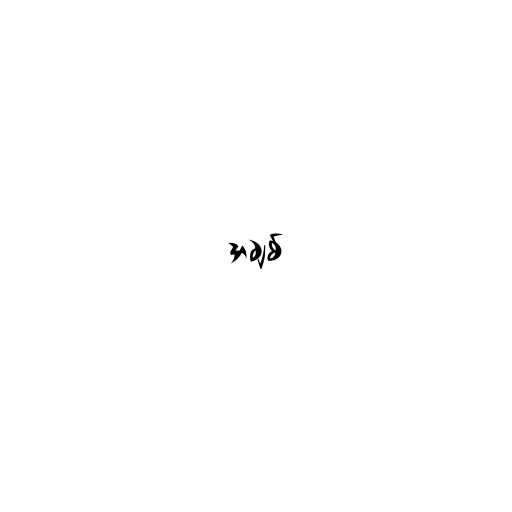
အချစ်